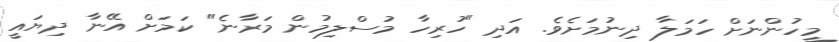
މީހުންނަށް ހަމަލާ ދިނުމަށެވެ. އަދި "ހުރިހާ މުސްލިމުން މަރާނެ" ކަމަށް އޭނާ ދިޔައީ